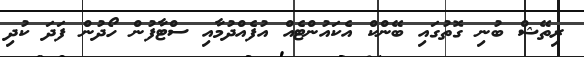
ރިތޭޝް ބުނި ގޮތުގައި ބޭންކް އެކައުންޓެއް އުފެއްދުމާއި ސްޓާފުން ހޯދުން ފަދަ ކުދި